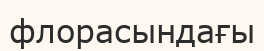
флорасындағы